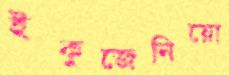
ইকুজেনিয়ো